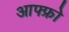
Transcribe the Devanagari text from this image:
आफ्फ्रो